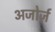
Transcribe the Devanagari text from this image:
अजोर्ज़